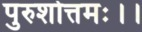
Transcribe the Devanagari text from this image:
पुरुशोत्तमः।।